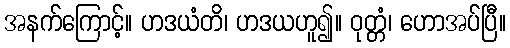
အနက်ကြောင့်။ ဟဒယံတိ၊ ဟဒယဟူ၍။ ဝုတ္တံ၊ ဟောအပ်ပြီ။